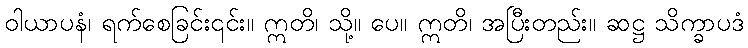
ဝါယာပနံ၊ ရက်စေခြင်း၎င်း။ ဣတိ၊ သို့။ ပေ။ ဣတိ၊ အပြီးတည်း။ ဆဋ္ဌ သိက္ခာပဒံ